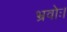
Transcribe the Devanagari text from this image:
भ्रवोः।